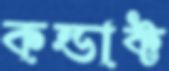
কন্ডাক্ট